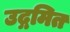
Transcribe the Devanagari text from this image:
उद्गमित